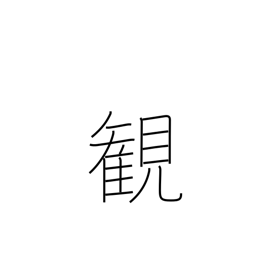
Meaning: view